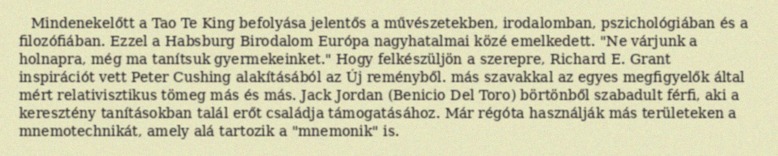
Mindenekelőtt a Tao Te King befolyása jelentős a művészetekben, irodalomban, pszichológiában és a filozófiában. Ezzel a Habsburg Birodalom Európa nagyhatalmai közé emelkedett. "Ne várjunk a holnapra, még ma tanítsuk gyermekeinket." Hogy felkészüljön a szerepre, Richard E. Grant inspirációt vett Peter Cushing alakításából az Új reményből. más szavakkal az egyes megfigyelők által mért relativisztikus tömeg más és más. Jack Jordan (Benicio Del Toro) börtönből szabadult férfi, aki a keresztény tanításokban talál erőt családja támogatásához. Már régóta használják más területeken a mnemotechnikát, amely alá tartozik a "mnemonik" is.